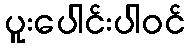
ပူးပေါင်းပါဝင်